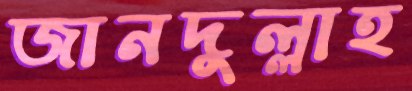
জানদুল্লাহ